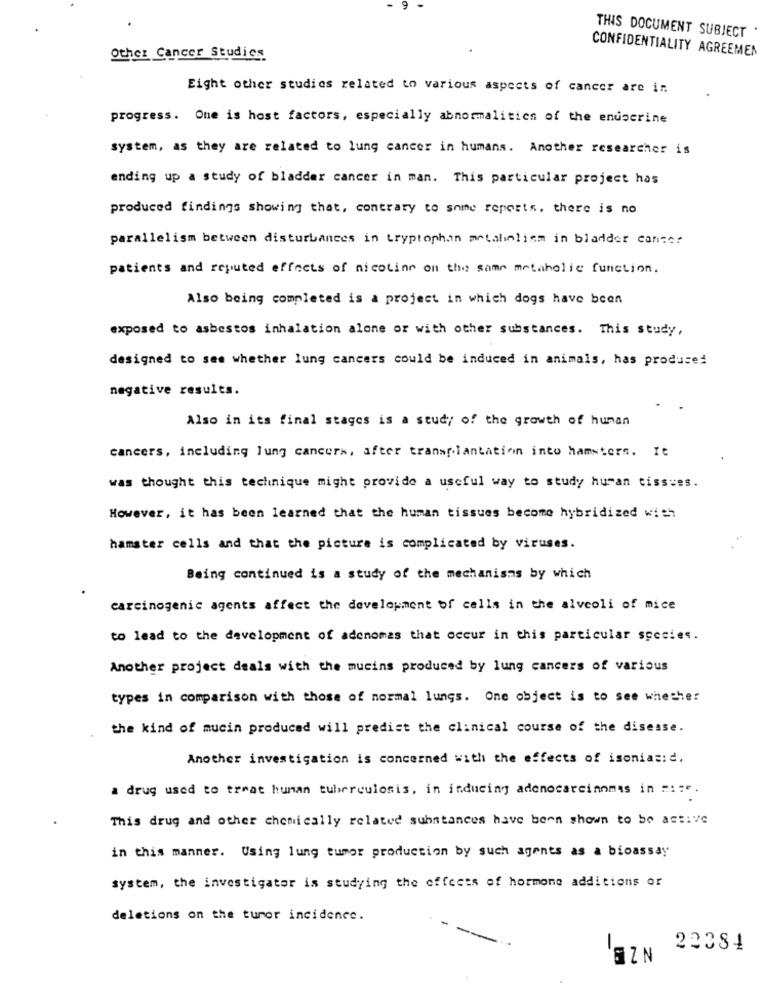
9
THIS DOCUMENT SUBJECT
CONFIDENTIALITY AGREEMEN
Other Cancer Studies
Eight other studies related to various aspects of cancer are in
progress. One is host factors, especially abnormalities of the endocrine
system, as they are related to lung cancer in humans. Another researcher is
ending up a study of bladder cancer in man. This particular project has
produced findings showing that, contrary to some reports, there is no
parallelism between disturbances in tryptophan metabolism in bladder cancer
patients and reputed effects of nicotine on the same metaholic function.
Also being completed is a project in which dogs have been
exposed to asbestos inhalation alone or with other substances. This study,
designed to see whether lung cancers could be induced in animals, has produced
negative results.
Also in its final stages is a study of the growth of human
cancers, including lung cancers, after transplantation into hamsters. It
was thought this technique might provide a useful way to study huran tissues.
However, it has been learned that the human tissues become hybridized with
hamster cells and that the picture is complicated by viruses.
Being continued is a study of the mechanisms by which
carcinogenic agents affect the development of cells in the alveoli of mice
to lead to the development of adenomas that occur in this particular species.
Another project deals with the mucins produced by lung cancers of various
types in comparison with those of normal lungs. One object is to see whether
the kind of mucin produced will predict the clinical course of the disease.
Another investigation is concerned with the effects of isoniasid,
a drug used to treat human tuberculosis, in inducing adenocarcinomas in =i:".
This drug and other chemically related substances have been shown to be active
in this manner. Using lung tumor production by such agents as a bioassay
system, the investigator is studying the effects of hormone additions or
deletions on the tumor incidence.
-
-
22384
SZN